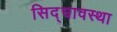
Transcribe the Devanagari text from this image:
सिद्घावस्था